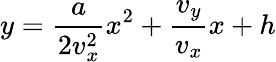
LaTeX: y={\frac{a}{2v_{x}^{2}}}x^{2}+{\frac{v_{y}}{v_{x}}}x+h